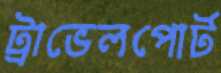
ট্রাভেলপোর্ট